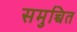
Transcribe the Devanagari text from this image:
समुच्चित